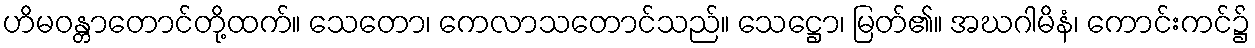
ဟိမဝန္တာတောင်တို့ထက်။ သေတော၊ ကေလာသတောင်သည်။ သေဋ္ဌော၊ မြတ်၏။ အဃဂါမိနံ၊ ကောင်းကင်၌